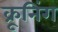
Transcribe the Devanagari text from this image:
क्रूनिंग